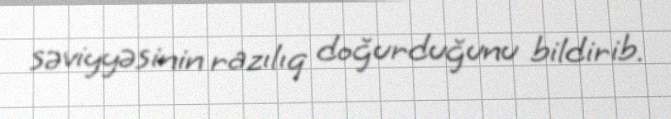
səviyyəsinin razılıq doğurduğunu bildirib.